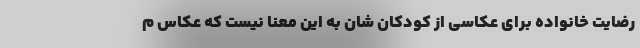
رضایت خانواده برای عکاسی از کودکان شان به این معنا نیست که عکاس م